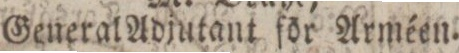
General Adjutant för Arméen.